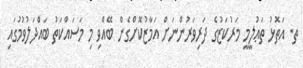
ތ. އަތޮޅު ތަޢުލީމީ މަރުކަޒުގެ ދަރިވަރުންނަށް އަމާޒުކޮށްގެން ބޭއްވި މި މަސައްކަތު ބައްދަލުވުމުގައި